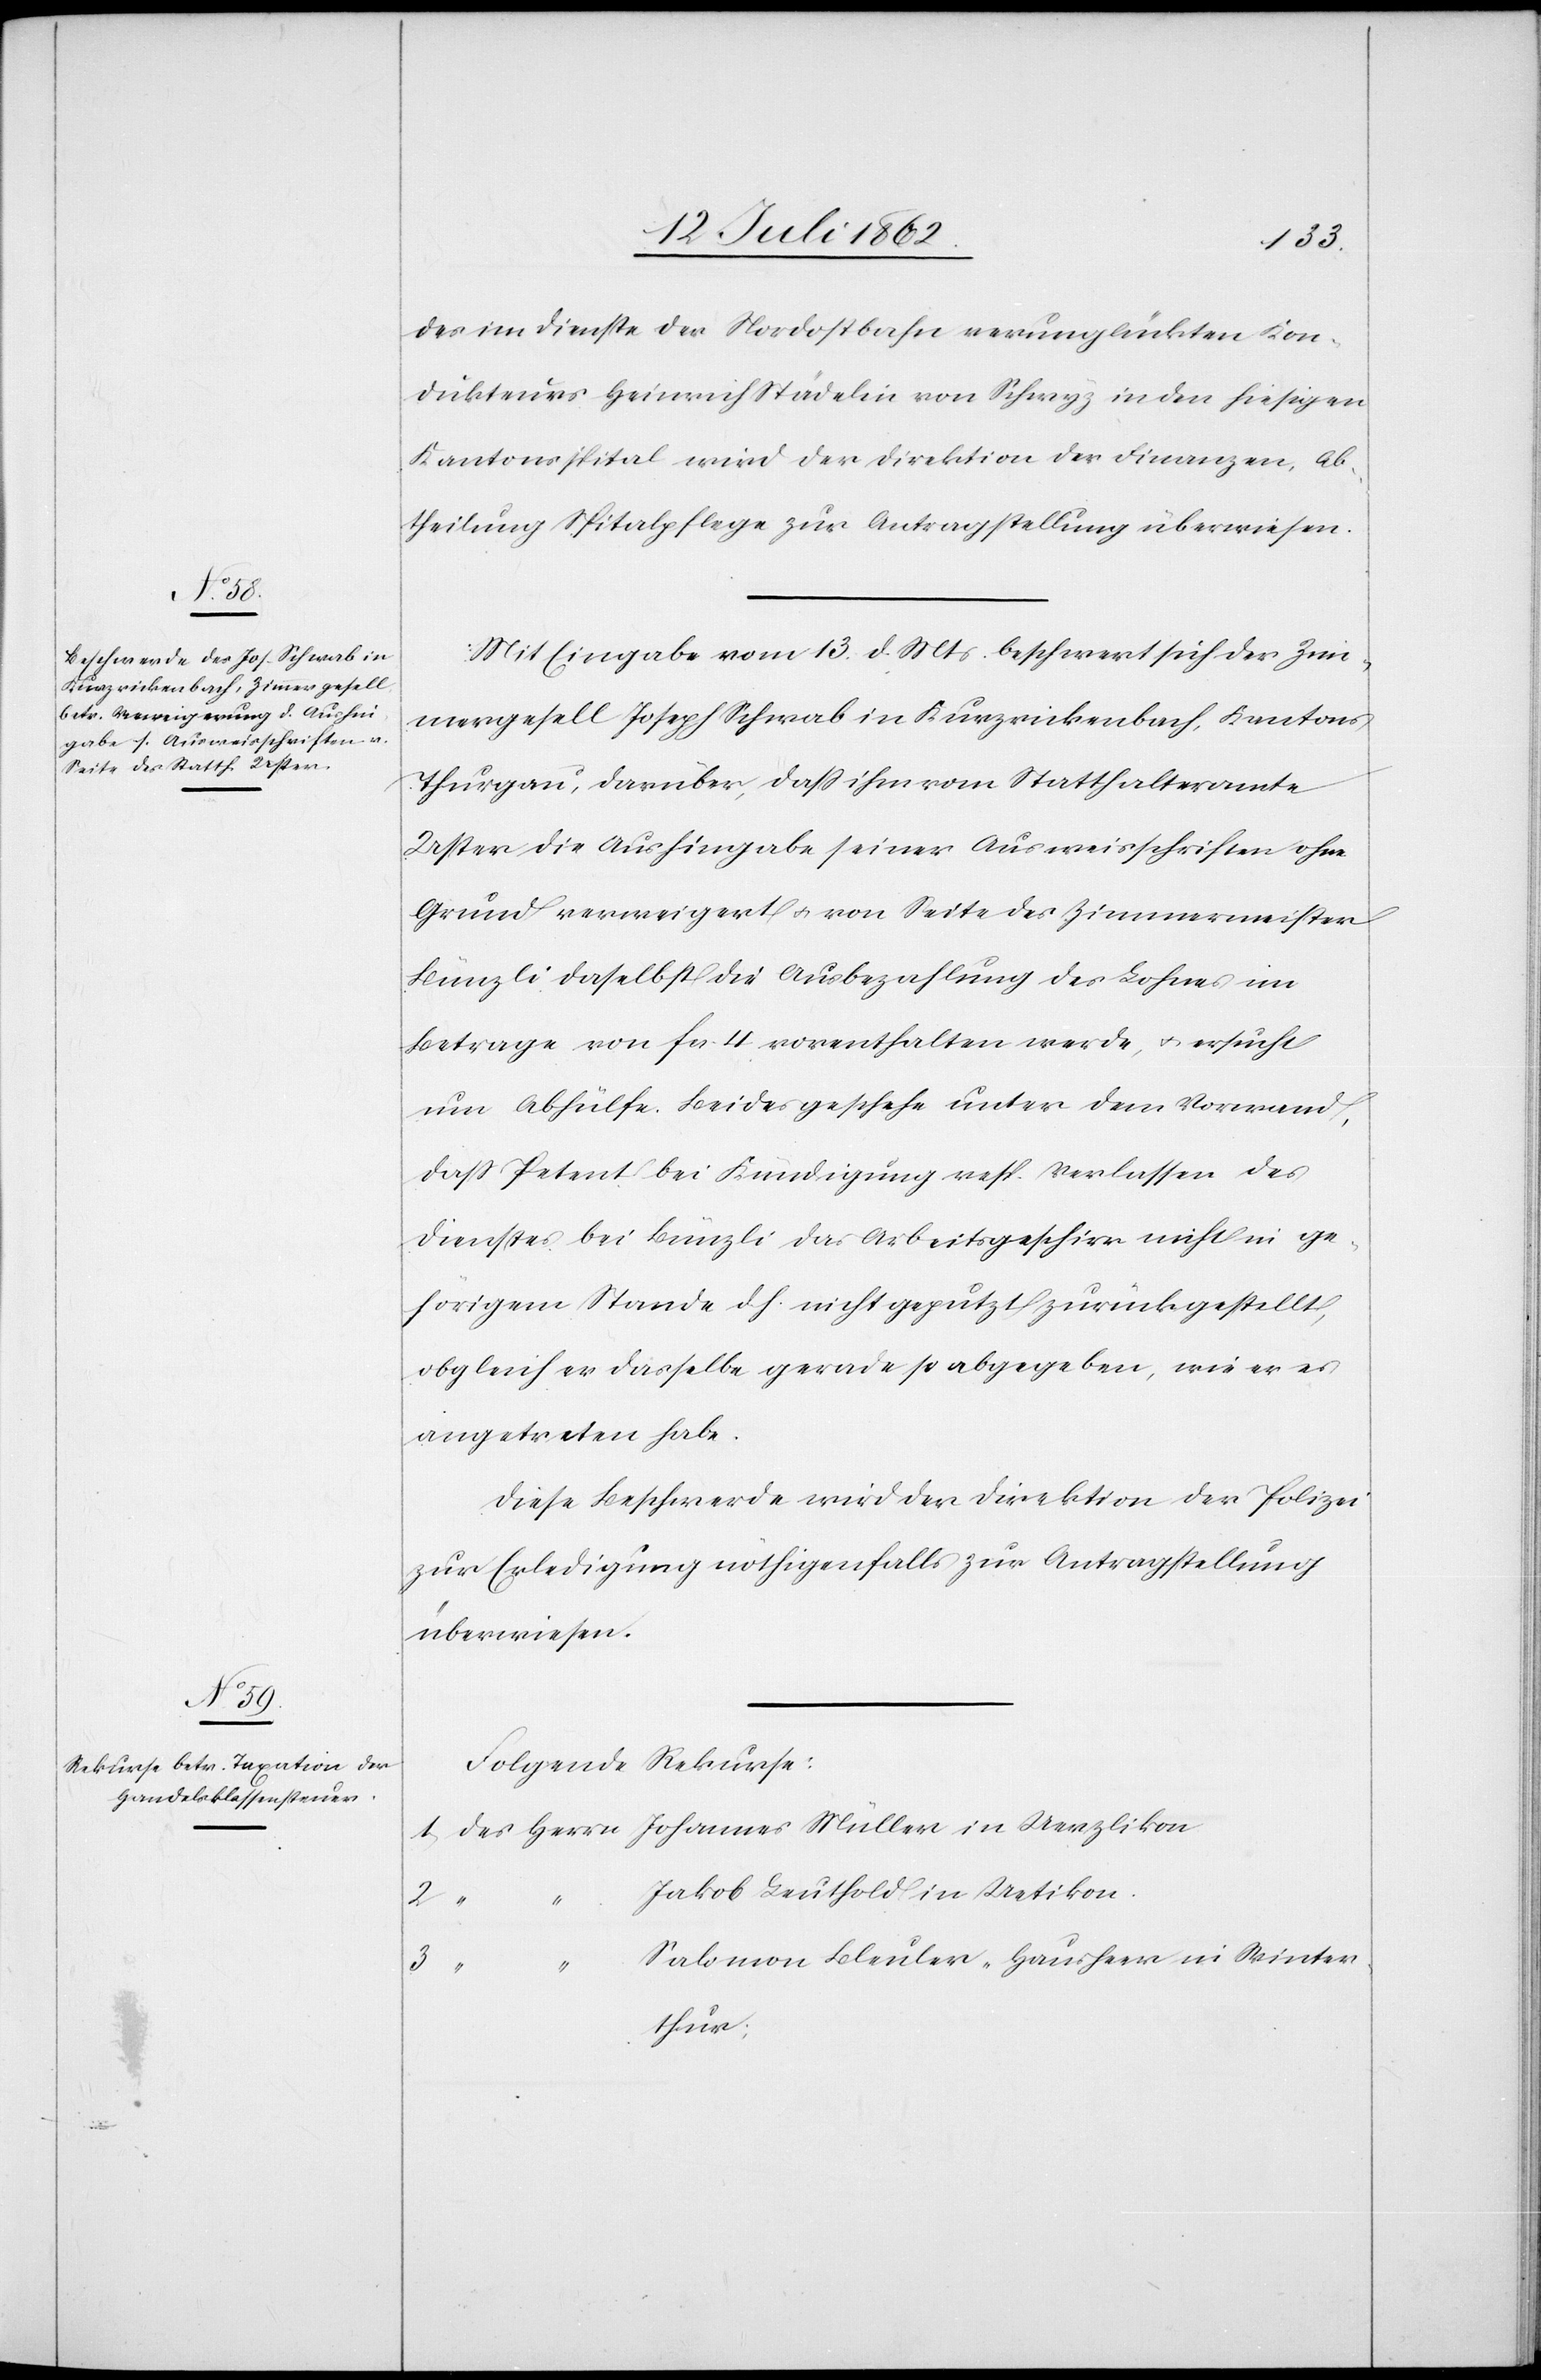
15. Juli 1862.]
des im Dienste der Nordostbahn verunglückten Kon¬
dukteurs Heinrich Städelin von Schwyz in den hiesigen
Kantonsspital wird der Direktion der Finanzen, Ab¬
theilung Spitalpflege zur Antragstellung überwiesen.
Mit Eingabe vom 13. d. Mts. beschwert sich der Zim¬
mergesell Joseph Schwab in Kurzrickenbach, Kantons
Thurgau, darüber, daß ihm vom Statthalteramte
Uster die Aushingabe seiner Ausweisschriften ohne
Grund verweigert u. von Seite des Zimmermeister
Bünzli daselbst die Ausbezahlung des Lohnes im
Betrage von fr. 4 vorenthalten werde, u. ersucht
um Abhülfe. Beides geschehe unter dem Vorwand,
daß Petent bei Kündigung resp. Verlassen des
Dienstes bei Bünzli das Arbeitsgeschirr nicht in ge¬
hörigem Stande d. h. nicht geputzt zurückgestellt,
obgleich er dasselbe gerade so abgegeben, wie er es
angetreten habe.
Diese Beschwerde wird der Direktion der Polizei
zur Erleidung nöthigenfalls zur Antragstellung
überwiesen.
Folgende Rekurse:
Jakob Leuthold in Uetikon.
2.
Salomon Bleuler-Hausheer in Winter¬
3.
“
thur;